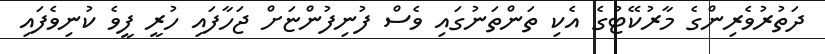
ދަތުރުވެރިންގެ މާރުކޭޓުގެ އެކި ތަންތަނުގައި ވެސް ފުނިފުންޏަށް ޖަހާފައި ހުރީ ފީވެ ކުނިވެފައި